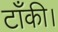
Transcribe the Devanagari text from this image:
टाँकी।